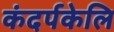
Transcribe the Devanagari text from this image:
कंदर्पकेलि